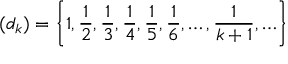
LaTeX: ( d _ { k } ) = \left\{ 1 , { \frac { 1 } { 2 } } , { \frac { 1 } { 3 } } , { \frac { 1 } { 4 } } , { \frac { 1 } { 5 } } , { \frac { 1 } { 6 } } , \ldots , { \frac { 1 } { k + 1 } } , \ldots \right\}